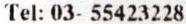
TEL: 03- 55423228